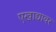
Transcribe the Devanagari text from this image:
एखाद्यावर